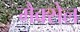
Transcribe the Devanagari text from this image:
मैक्सेल